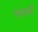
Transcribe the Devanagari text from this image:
पंथासाठी